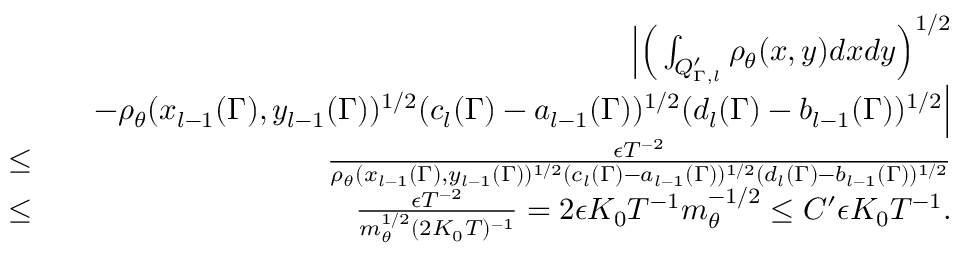
\begin{array} { r l r } & { } & { \Big | \Big ( \int _ { Q _ { \Gamma , l } ^ { \prime } } \rho _ { \theta } ( x , y ) d x d y \Big ) ^ { 1 \slash 2 } } \\ & { } & { \quad - \rho _ { \theta } ( x _ { l - 1 } ( \Gamma ) , y _ { l - 1 } ( \Gamma ) ) ^ { 1 \slash 2 } ( c _ { l } ( \Gamma ) - a _ { l - 1 } ( \Gamma ) ) ^ { 1 \slash 2 } ( d _ { l } ( \Gamma ) - b _ { l - 1 } ( \Gamma ) ) ^ { 1 \slash 2 } \Big | } \\ & { \leq } & { \frac { \epsilon T ^ { - 2 } } { \rho _ { \theta } ( x _ { l - 1 } ( \Gamma ) , y _ { l - 1 } ( \Gamma ) ) ^ { 1 \slash 2 } ( c _ { l } ( \Gamma ) - a _ { l - 1 } ( \Gamma ) ) ^ { 1 \slash 2 } ( d _ { l } ( \Gamma ) - b _ { l - 1 } ( \Gamma ) ) ^ { 1 \slash 2 } } } \\ & { \leq } & { \frac { \epsilon T ^ { - 2 } } { m _ { \theta } ^ { 1 \slash 2 } ( 2 K _ { 0 } T ) ^ { - 1 } } = 2 \epsilon K _ { 0 } T ^ { - 1 } m _ { \theta } ^ { - 1 \slash 2 } \leq C ^ { \prime } \epsilon K _ { 0 } T ^ { - 1 } . } \end{array}